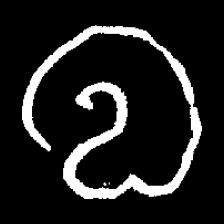
Pyu character \u2014 Myanmar letter: လ (romanized: la)